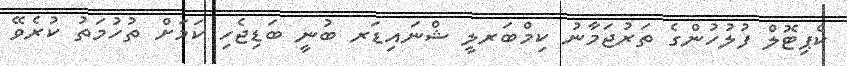
ކެޕިޓޮލް ފުލުހުންގެ ތަރުޖަމާނު ކިމްބަރލީ ޝްނައިޑަރ ބުނީ ބަޑިޖެހި ކަމަށް ތުހުމަތު ކުރެވޭ